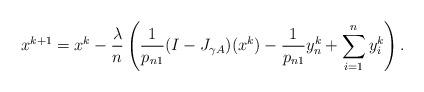
LaTeX: \begin{align*}& x^{k+1} = x^k - \frac{\lambda}{n} \left(\frac{1}{p_{n1}}(I-J_{\gamma A})(x^k) - \frac{1}{p_{n1}}y_{n}^k + \sum_{i=1}^{n} y_i^k\right).\end{align*}